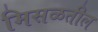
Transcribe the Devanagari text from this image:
मिसळतील